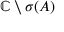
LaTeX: \mathbb { C } \setminus \sigma ( A )